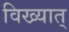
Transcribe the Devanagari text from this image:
विख्यात्